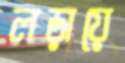
লড়ায়ে